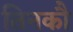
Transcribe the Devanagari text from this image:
तिनकौ